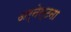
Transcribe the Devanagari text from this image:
अर्नेस्टना